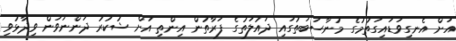
އަށް އެނގިވަޑައިގަތުމުގެ މުނާސަބަތުގައި ދައުލަތުގެ ފަރާތުން އިންތި އަށް ޝުކުރު ދަންނަވަން ވިދާޅުވި